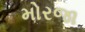
મોરજા